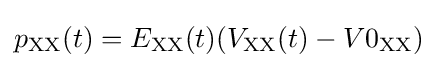
p_{\mathrm {XX} }(t)=E_{\mathrm {XX} }(t)(V_{\mathrm {XX} }(t)-V0_{\mathrm {XX} })